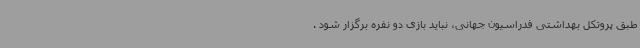
طبق پروتکل بهداشتی فدراسیون جهانی، نباید بازی دو نفره برگزار شود .